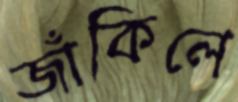
জাঁকিলে